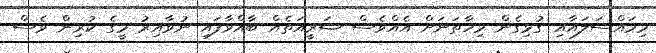
މިމައްސަލައާއި ގުޅިގެން މިހާތަނަށް އެއްވެސް ޝަރީއަތެއް ބާއްވާފައި ނުވާއިރު މީގެ ކުރިން ވެސް